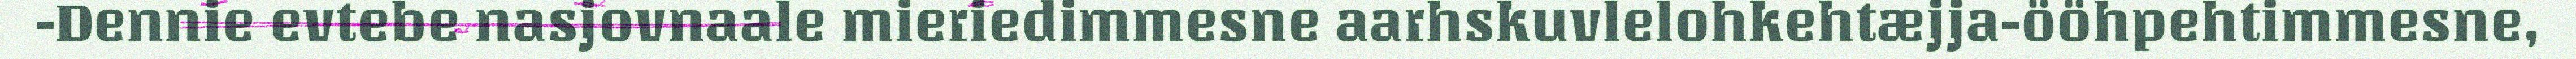
-Dennie evtebe nasjovnaale mieriedimmesne aarhskuvlelohkehtæjja-ööhpehtimmesne,